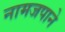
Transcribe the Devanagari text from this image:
नामजपाने